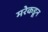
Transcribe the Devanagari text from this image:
मरेकडून